Vaccination in Burma 1920-1933 - 1920-1933
Year: 1920
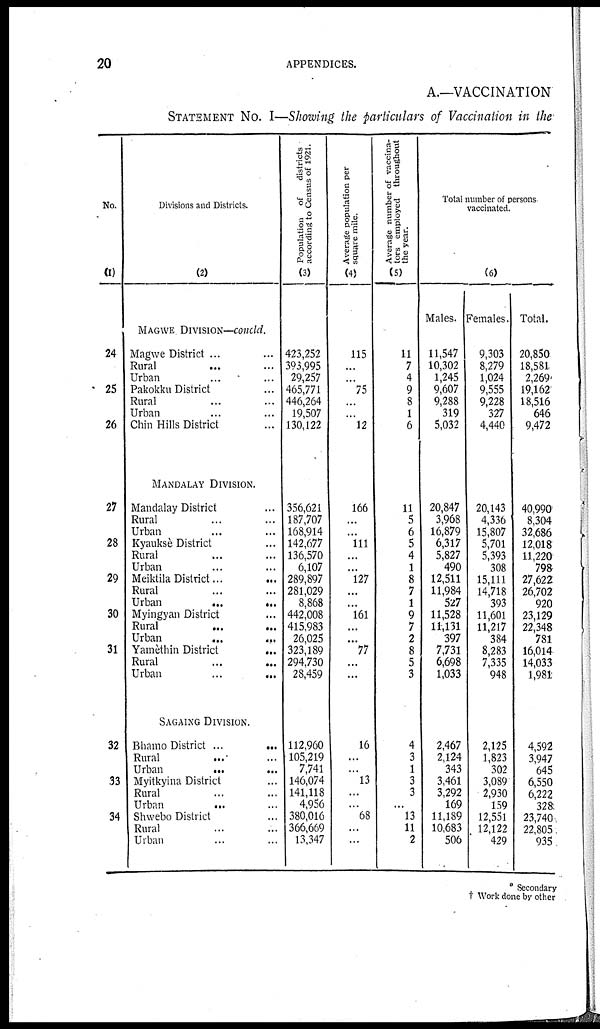
20
APPENDICES.
A.—VACCINATION
STATEMENT NO. I—Showing the particulars of Vaccination in the
No.
(1)
24
25
26
27
28
29
30
31
32
33
34
Divisions and Districts.
(2)
MAGWE DIVISION—concld.
Magwe District ... ...
Rural
...
...
Urban ... ...
Pakokku District ... ...
Rural ... ...
Urban ... ...
Chin Hills District ...
MANDALAY DIVISION.
Mandalay District ...
Rural ... ...
Urban ... ...
Kyauksè District ...
Rural ... ...
Urban ... ...
Meiktila District ...
...
Rural ... ...
Urban
...
...
Myingyan District ...
Rural
...
...
Urban
...
...
Yamèthin District
...
Rural ... ...
Urban ... ...
SAGAING DIVISION.
Bhamo District ...
...
Rural ... ...
Urban
...
...
Myitkyina District ...
Rural ... ...
Urban
...
...
Shwebo District ... ...
Rural ... ...
Urban ... ...
Population of
districts
according to Census of 1921.
(3)
423,252
393,995
29,257
465,771
446,264
19,507
130,122
356,621
187,707
168,914
142,677
136,570
6,107
289,897
281,029
8,868
442,008
415,983
26,025
323,189
294,730
28,459
112,960
105,219
7,741
146,074
141,118
4,956
380,016
366,669
13,347
Average population per
square mile.
(4)
115
...
...
75
...
...
12
166
...
...
111
...
...
127
...
...
161
...
...
77
...
...
16
...
...
13
...
...
68
...
...
Average number of vaccina-
tors employed throughout
the year.
(5)
11
7
4
9
8
1
6
11
5
6
5
4
1
8
7
1
9
7
2
8
5
3
4
3
1
3
3
...
13
11
2
Total number of persons
vaccinated.
(6)
Males.
11,547
10,302
1,245
9,607
9,288
319
5,032
20,847
3,968
16,879
6,317
5,827
490
12,511
11,984
527
11,528
14,131
397
7,731
6,698
1,033
2,467
2,124
343
3,461
3,292
169
11,189
10,683
506
Females.
9,303
8,279
1,024
9,555
9,228
327
4,440
20,143
4,336
15,807
5,701
5,393
308
15,111
14,718
393
11,601
11,217
384
8,283
7,335
948
2,125
1,823
302
3,089
2,930
159
12,551
12,122
429
Total.
20,850
18,581
2,269
19,162
18,516
646
9,472
40,990
8,304
32,686
12,018
11,220
798
27,622
26,702
920
23,129
22,348
781
16,014
14,033
1,981
4,592
3,947
645
6,550
6,222
328
23,740
22,805
935
* Secondary
† Work done by other